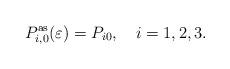
LaTeX: \begin{align*}P_{i,0}^{\mathrm{as}}(\varepsilon )=P_{i0},\ \ \ i=1,2,3.\end{align*}